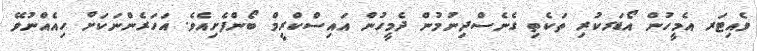
ވެއިޓަރ އެމީހުން އޯޑަރކުރި ތަކެތި ގެނެސްދިނުމުން ދެމީހުން އައިސްކްރީމް ބޯންފެށިއެވެ. އަހަރެންނަކަށް ހިއެއްނުވޭ